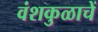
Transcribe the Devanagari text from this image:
वंशकुळाचें